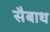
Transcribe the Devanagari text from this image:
सैबाथ